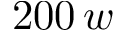
2 0 0 \, w